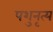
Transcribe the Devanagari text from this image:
पशुनृत्य